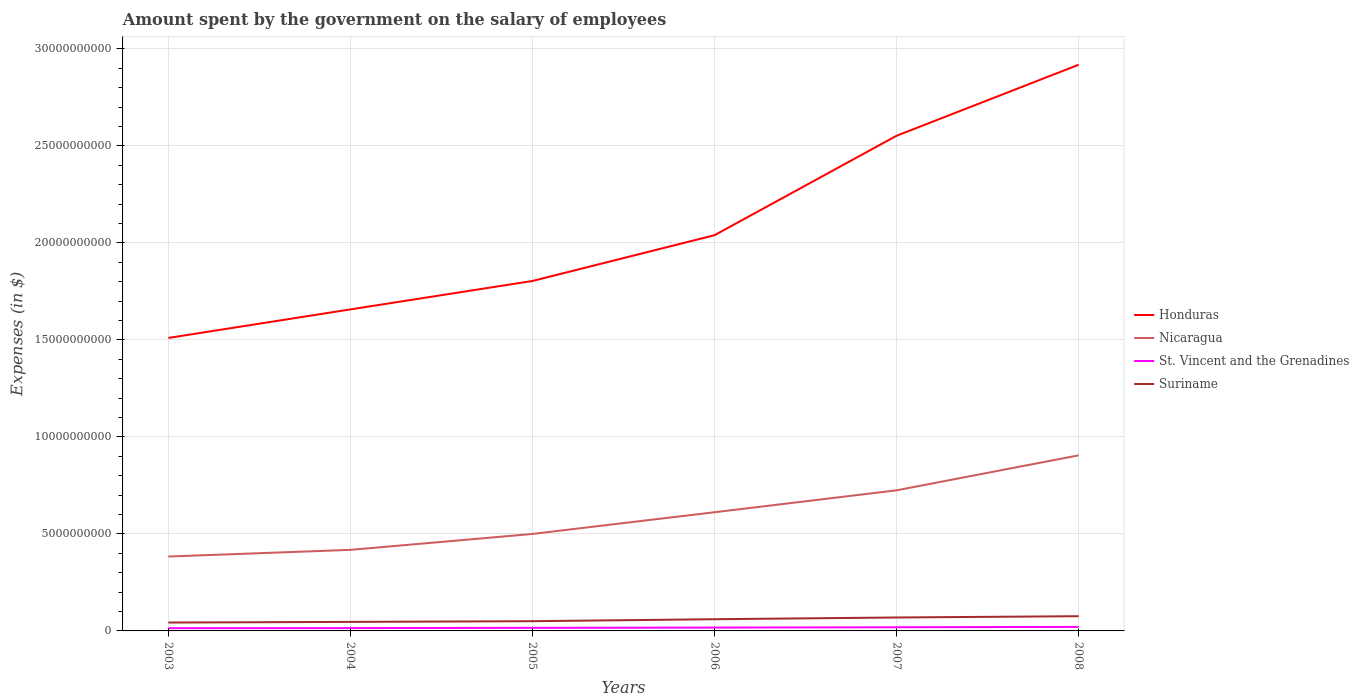
| Years | Honduras | Nicaragua | St. Vincent and the Grenadines | Suriname |
 | --- | --- | --- | --- | --- |
 | 2003 | 1.51e+10 | 3.83e+09 | 1.39e+08 | 4.32e+08 |
 | 2004 | 1.66e+10 | 4.18e+09 | 1.45e+08 | 4.65e+08 |
 | 2005 | 1.8e+10 | 5e+09 | 1.59e+08 | 5.02e+08 |
 | 2006 | 2.04e+10 | 6.12e+09 | 1.71e+08 | 6.03e+08 |
 | 2007 | 2.55e+10 | 7.25e+09 | 1.89e+08 | 6.92e+08 |
 | 2008 | 2.92e+10 | 9.05e+09 | 2.07e+08 | 7.59e+08 |